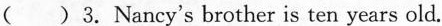
( )3.Nancy's brother is ten years old.